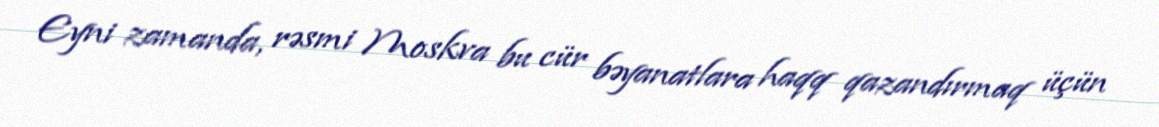
Eyni zamanda, rəsmi Moskva bu cür bəyanatlara haqq qazandırmaq üçün